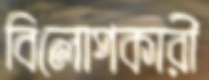
বিলোপকারী